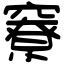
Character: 竂